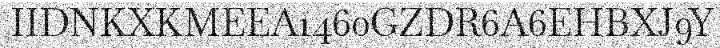
IIDNKXKMEEA1460GZDR6A6EHBXJ9Y